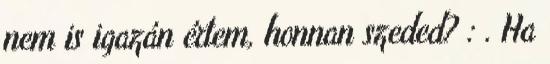
nem is igazán értem, honnan szeded? : . Ha